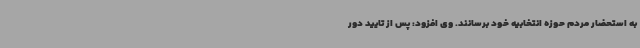
به استحضار مردم حوزه انتخابیه خود برسانند. وی افزود: پس از تایید دور